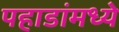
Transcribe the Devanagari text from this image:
पहाडांमध्ये